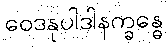
ဝေဒနုပါဒါနက္ခန္ဓေ